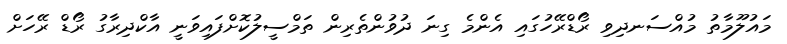
މައުލޫމާތު މުއްސަނދިވި ރޯޑްރޭހުގައި އެންމެ ގިނަ ދުވުންތެރިން ތަމްސީލުކޮށްފައިވަނީ އާކްދިރާގު ރޯޑް ރޭހަށް